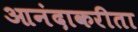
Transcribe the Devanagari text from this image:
आनंदाकरीता